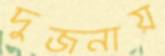
দুজনায়